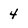
Character: 4